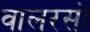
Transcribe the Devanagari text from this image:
वालरसों